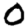
Digit: 0